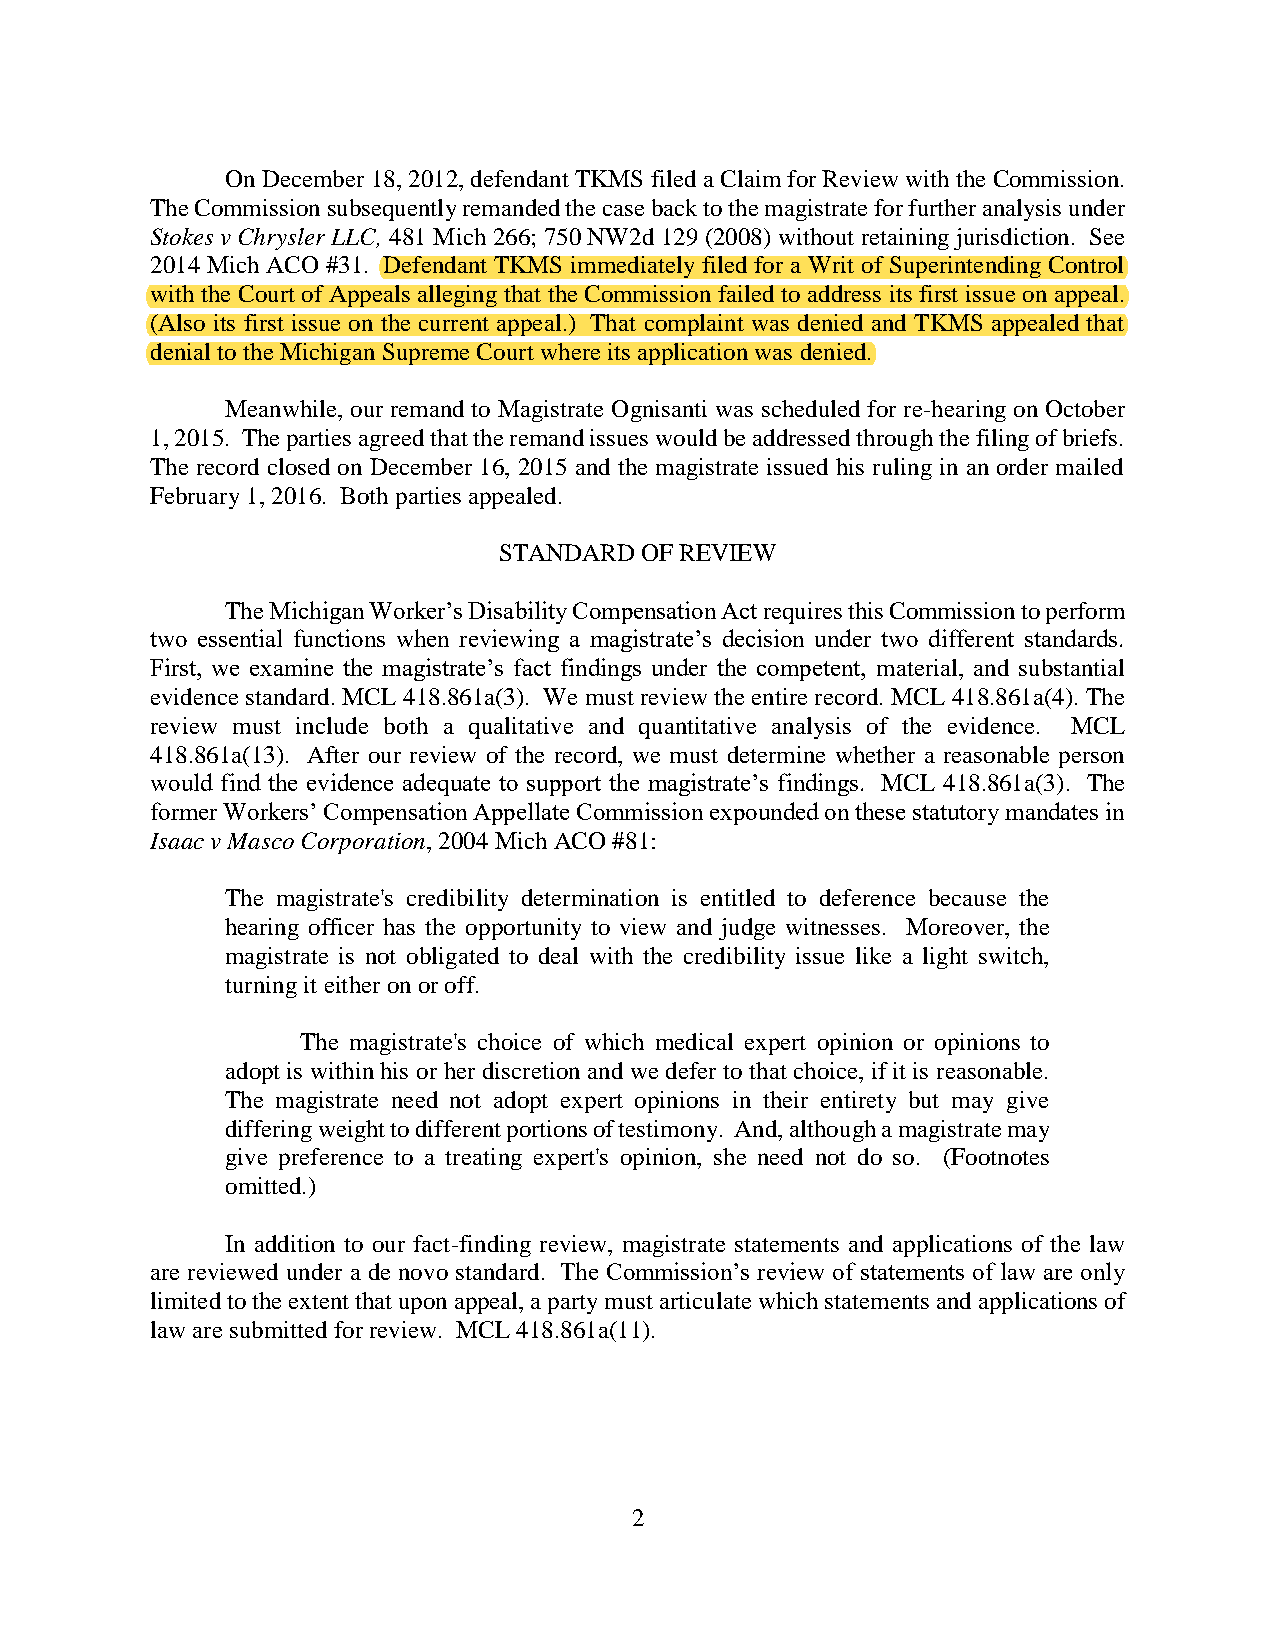
On December 18, 2012, defendant TKMS filed a Claim for Review with the Commission.
 The Commission subsequently remanded the case back to the magistrate for further analysis under
 Stokes v Chrysler LLC, 481 Mich 266; 750 NW2d 129 (2008) without retaining jurisdiction. See
 2014 Mich ACO #31. Defendant TKMS immediately filed for a Writ of Superintending Control
 with the Court of Appeals alleging that the Commission failed to address its first issue on appeal.
 (Also its first issue on the current appeal.) That complaint was denied and TKMS appealed that
 denial to the Michigan Supreme Court where its application was denied.
 Meanwhile, our remand to Magistrate Ognisanti was scheduled for re-hearing on October
 1, 2015. The parties agreed that the remand issues would be addressed through the filing of briefs.
 The record closed on December 16, 2015 and the magistrate issued his ruling in an order mailed
 February 1, 2016. Both parties appealed.
 STANDARD OF REVIEW
 The Michigan Worker’s Disability Compensation Act requires this Commission to perform
 two essential functions when reviewing a magistrate’s decision under two different standards.
 First, we examine the magistrate’s fact findings under the competent, material, and substantial
 evidence standard. MCL 418.861a(3). We must review the entire record. MCL 418.861a(4). The
 review must include both a qualitative and quantitative analysis of the evidence. MCL
 418.861a(13). After our review of the record, we must determine whether a reasonable person
 would find the evidence adequate to support the magistrate’s findings. MCL 418.861a(3). The
 former Workers’ Compensation Appellate Commission expounded on these statutory mandates in
 Isaac v Masco Corporation, 2004 Mich ACO #81:
 The magistrate's credibility determination is entitled to deference because the
 hearing officer has the opportunity to view and judge witnesses. Moreover, the
 magistrate is not obligated to deal with the credibility issue like a light switch,
 turning it either on or off.
 The magistrate's choice of which medical expert opinion or opinions to
 adopt is within his or her discretion and we defer to that choice, if it is reasonable.
 The magistrate need not adopt expert opinions in their entirety but may give
 differing weight to different portions of testimony. And, although a magistrate may
 give preference to a treating expert's opinion, she need not do so. (Footnotes
 omitted.)
 In addition to our fact-finding review, magistrate statements and applications of the law
 are reviewed under a de novo standard. The Commission’s review of statements of law are only
 limited to the extent that upon appeal, a party must articulate which statements and applications of
 law are submitted for review. MCL 418.861a(11).
 2